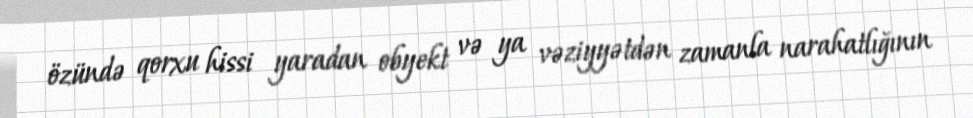
özündə qorxu hissi yaradan obyekt və ya vəziyyətdən zamanla narahatlığının